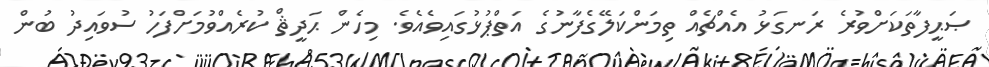
ޞަޙީފާތަކަށްވުރެ ރަނގަޅު އެއްޗެއް ތިމަންކަލޭގެފާނުގެ އަތްޕުޅުގައިވެއެވެ. މިހެން ޙަދީޘް ކުރެއްވުމަށްފަހު ސުވައިދު ބުން